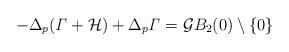
LaTeX: \begin{align*} -\Delta_p (\mathit \Gamma + \mathcal{H}) + \Delta_p \mathit \Gamma = \mathcal G B_2(0) \setminus \{0\}\end{align*}